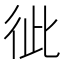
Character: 𢓗